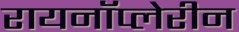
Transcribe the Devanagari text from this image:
रायनॉप्लेरीन